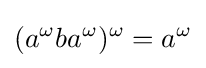
(a^{\omega }ba^{\omega })^{\omega }=a^{\omega }